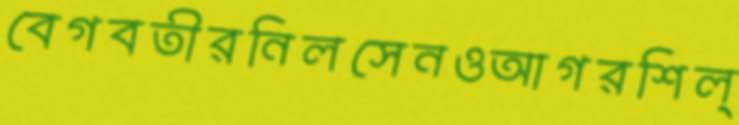
বেগবতীরনিলসেনওআগরশিল্